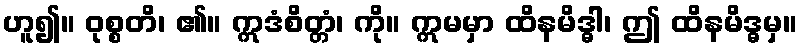
ဟူ၍။ ဝုစ္စတိ၊ ၏။ ဣဒံစိတ္တံ၊ ကို။ ဣမမှာ ထိနမိဒ္ဓါ၊ ဤ ထိနမိဒ္ဓမှ။